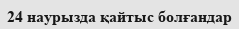
24 наурызда қайтыс болғандар